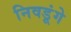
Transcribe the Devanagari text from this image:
निवडूंगे